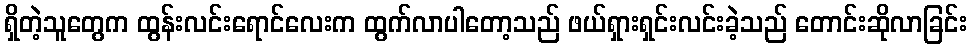
ရှိတဲ့သူတွေက ထွန်းလင်းရောင်လေးက ထွက်လာပါတော့သည် ဖယ်ရှားရှင်းလင်းခဲ့သည် တောင်းဆိုလာခြင်း